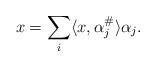
LaTeX: \begin{align*} x= \sum_i \langle x,\alpha_j^\#\rangle \alpha_j.\end{align*}